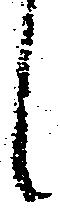
候